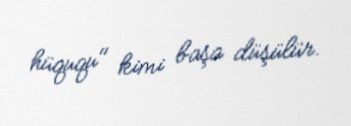
hüququ" kimi başa düşülür.